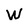
Character: W